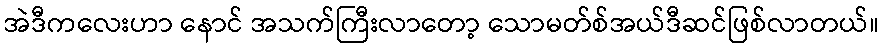
အဲဒီကလေးဟာ နောင် အသက်ကြီးလာတော့ သောမတ်စ်အယ်ဒီဆင်ဖြစ်လာတယ်။